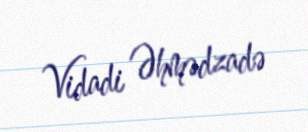
Vidadi Əhmədzadə